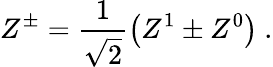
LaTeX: Z^{\pm}=\frac{1}{\sqrt{2}}\left(Z^{1}\pm Z^{0}\right)\ .